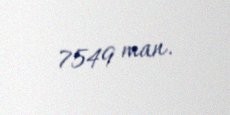
7549 man.